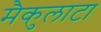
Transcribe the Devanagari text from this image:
मैकुलाटा